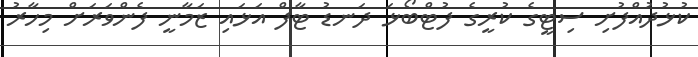
ކުޅުދުއްފުށި ސިޓީގެ ކުރީގެ ފުޓްބޯޅަ ދަނޑު ޓާފް އަޅައި ޒަމާނީ ފެންވަރަށް މިހާރު